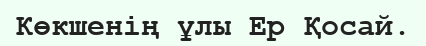
Көкшенің ұлы Ер Қосай.